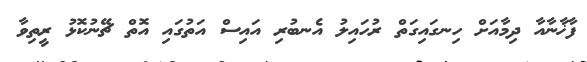
ފާޚާނާއާ ދިމާއަށް ހިނގައިގަތް ރުހައިލު އެނބުރި އައިސް އަތުގައި އޮތް ޗޭނުކޮޅު ރީތިވާ